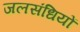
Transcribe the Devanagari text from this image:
जलसंधियों